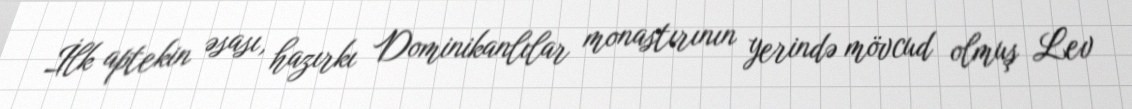
İlk aptekin əsası, hazırkı Dominikanlılar monastırının yerində mövcud olmuş Lev